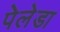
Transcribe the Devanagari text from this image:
पेलेडा